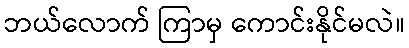
ဘယ်လောက် ကြာမှ ကောင်းနိုင်မလဲ။